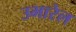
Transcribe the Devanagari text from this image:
उभारेल